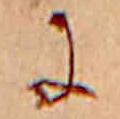
に